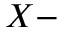
X -